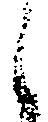
く